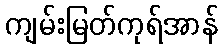
ကျမ်းမြတ်ကုရ်အာန်